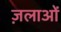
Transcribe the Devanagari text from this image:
ज़लाओं